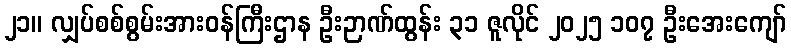
၂၁။ လျှပ်စစ်စွမ်းအားဝန်ကြီးဌာန ဦးဉာဏ်ထွန်း ၃၁ ဇူလိုင် ၂၀၂၅ ၁၀၇ ဦးအေးကျော်